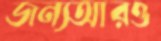
জন্যআরও